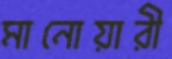
মানোয়ারী